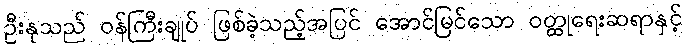
ဦးနုသည် ဝန်ကြီးချုပ် ဖြစ်ခဲ့သည့်အပြင် အောင်မြင်သော ဝတ္ထုရေးဆရာနှင့်